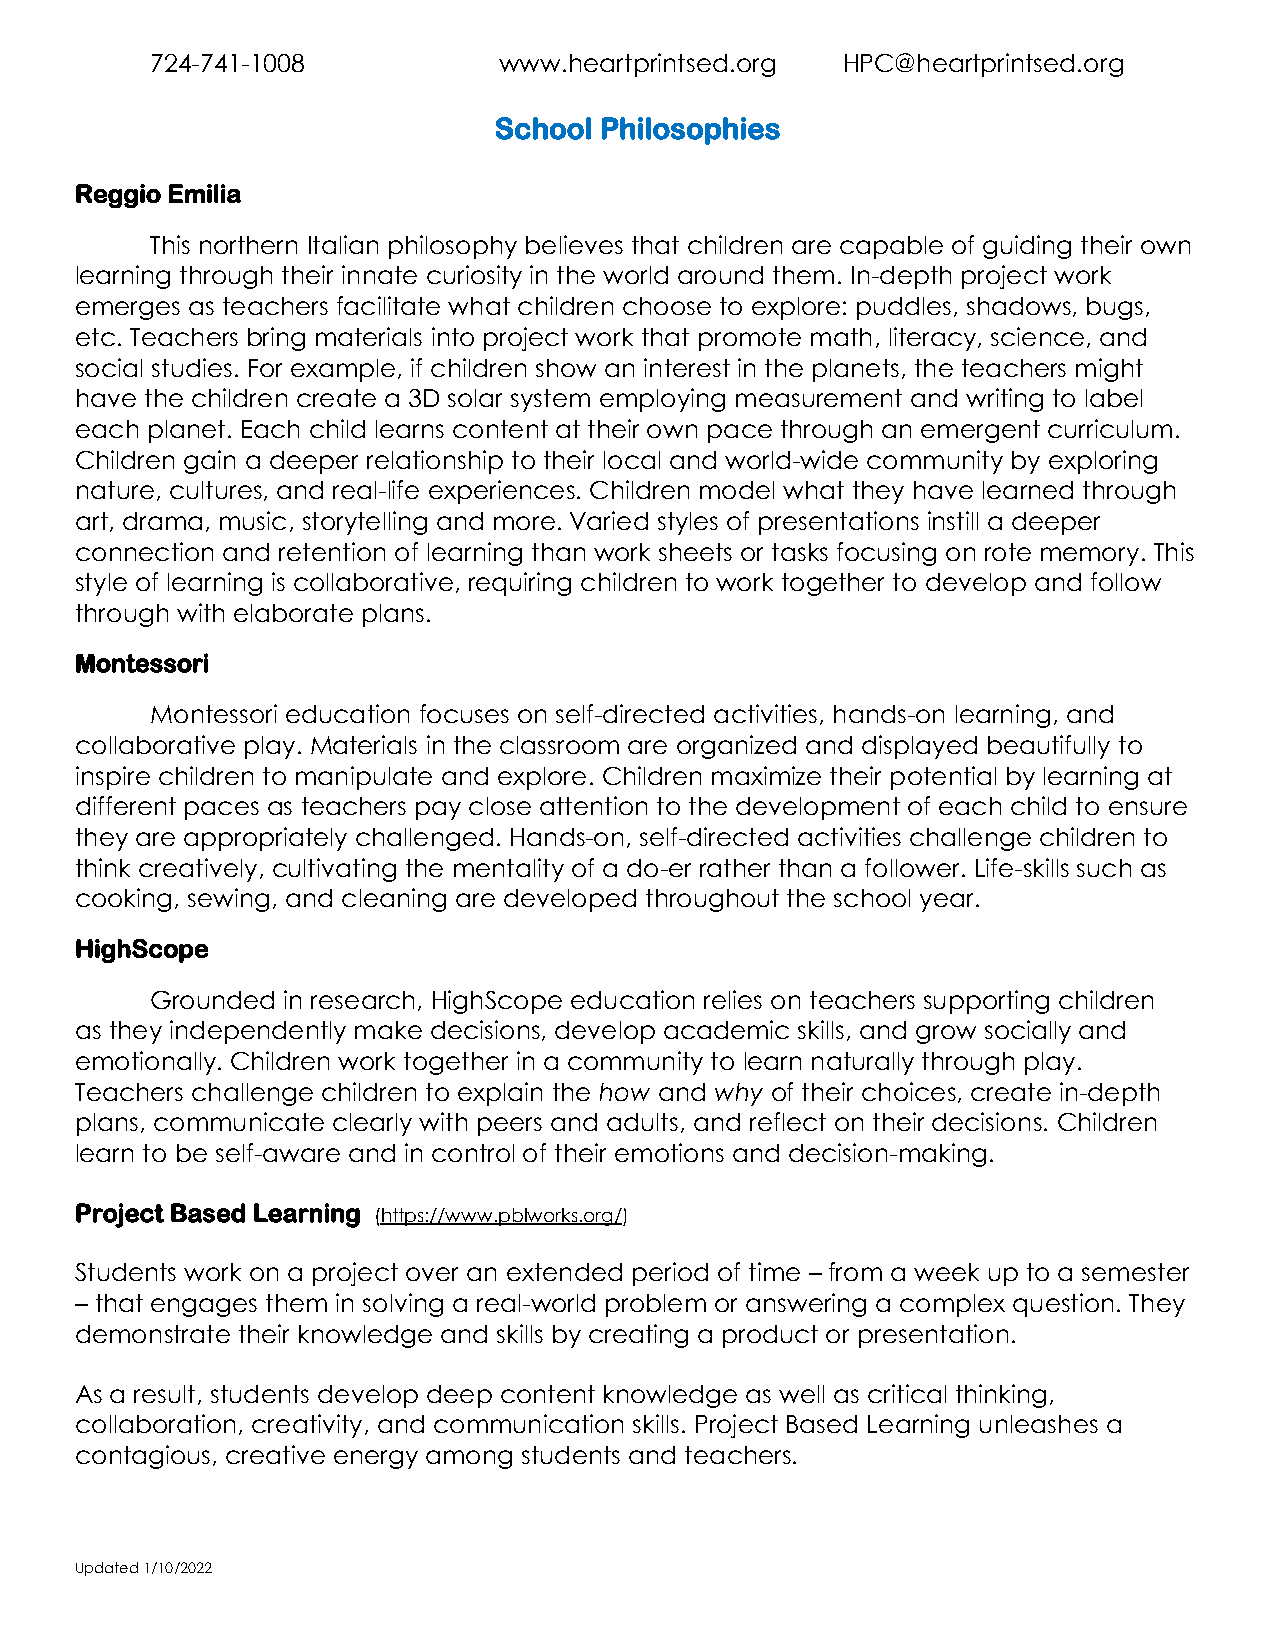
724-741-1008           www.heartprintsed.org  HPC@heartprintsed.org
 School Philosophies
 Reggio Emilia
 This northern Italian philosophy believes that children are capable of guiding their own
 learning through their innate curiosity in the world around them. In-depth project work
 emerges as teachers facilitate what children choose to explore: puddles, shadows, bugs,
 etc. Teachers bring materials into project work that promote math, literacy, science, and
 social studies. For example, if children show an interest in the planets, the teachers might
 have the children create a 3D solar system employing measurement and writing to label
 each planet. Each child learns content at their own pace through an emergent curriculum.
 Children gain a deeper relationship to their local and world-wide community by exploring
 nature, cultures, and real-life experiences. Children model what they have learned through
 art, drama, music, storytelling and more. Varied styles of presentations instill a deeper
 connection and retention of learning than work sheets or tasks focusing on rote memory. This
 style of learning is collaborative, requiring children to work together to develop and follow
 through with elaborate plans.
 Montessori
 Montessori education focuses on self-directed activities, hands-on learning, and
 collaborative play. Materials in the classroom are organized and displayed beautifully to
 inspire children to manipulate and explore. Children maximize their potential by learning at
 different paces as teachers pay close attention to the development of each child to ensure
 they are appropriately challenged. Hands-on, self-directed activities challenge children to
 think creatively, cultivating the mentality of a do-er rather than a follower. Life-skills such as
 cooking, sewing, and cleaning are developed throughout the school year.
 HighScope
 Grounded in research, HighScope education relies on teachers supporting children
 as they independently make decisions, develop academic skills, and grow socially and
 emotionally. Children work together in a community to learn naturally through play.
 Teachers challenge children to explain the how and why of their choices, create in-depth
 plans, communicate clearly with peers and adults, and reflect on their decisions. Children
 learn to be self-aware and in control of their emotions and decision-making.
 Project Based Learning (https://www.pblworks.org/)
 Students work on a project over an extended period of time – from a week up to a semester
 – that engages them in solving a real-world problem or answering a complex question. They
 demonstrate their knowledge and skills by creating a product or presentation.
 As a result, students develop deep content knowledge as well as critical thinking,
 collaboration, creativity, and communication skills. Project Based Learning unleashes a
 contagious, creative energy among students and teachers.
 Updated 1/10/2022